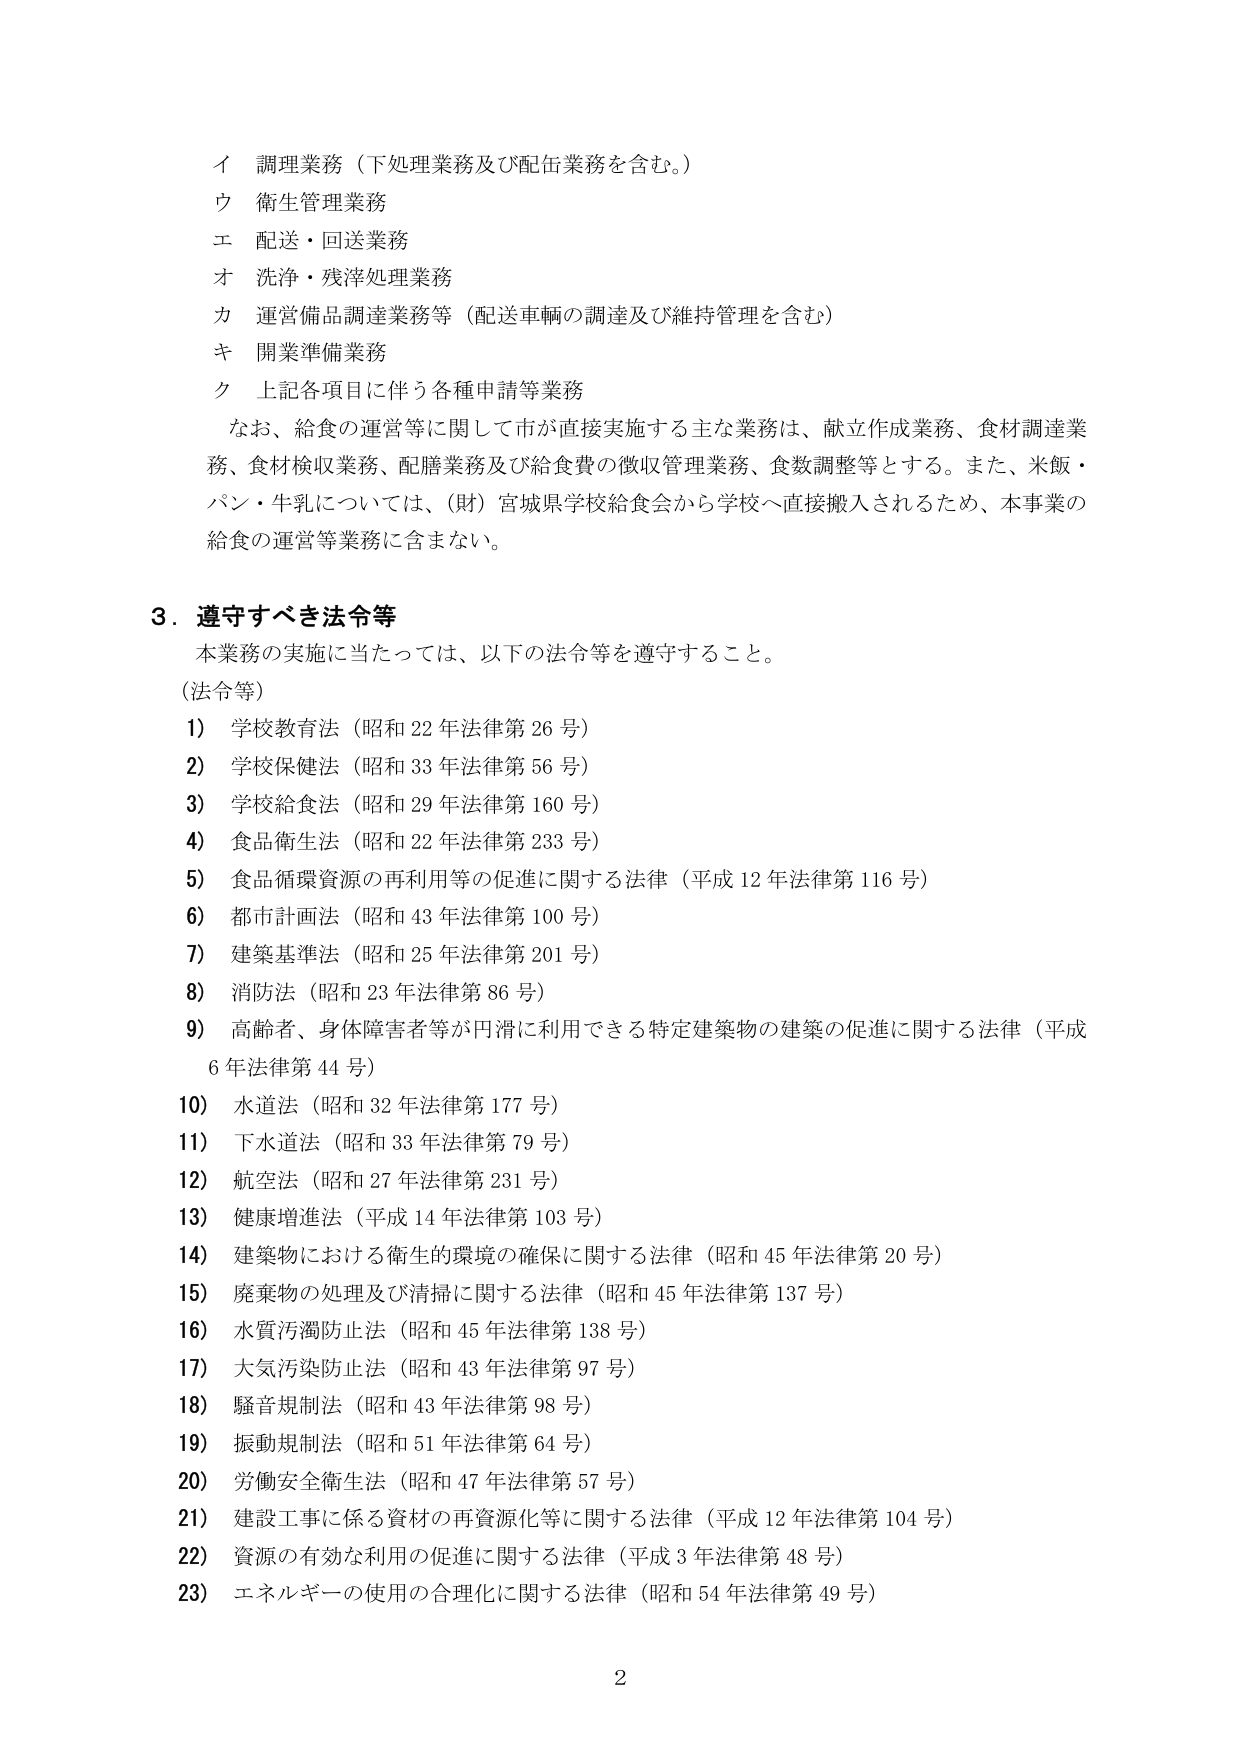
イ 調理業務（下処理業務及び配缶業務を含む。）
ウ 衛生管理業務
エ 配送・回送業務
オ 洗浄・残滓処理業務
カ 運営備品調達業務等（配送車輌の調達及び維持管理を含む）
キ 開業準備業務
ク 上記各項目に伴う各種申請等業務

なお、給食の運営等に関して市が直接実施する主な業務は、献立作成業務、食材調達業務、食材検収業務、配膳業務及び給食費の徴収管理業務、食数調整等とする。また、米飯・パン・牛乳については、（財）宮城県学校給食会から学校へ直接搬入されるため、本事業の給食の運営等業務に含まない。

３．遵守すべき法令等
本業務の実施に当たっては、以下の法令等を遵守すること。

（法令等）
1) 学校教育法（昭和22年法律第26号）
2) 学校保健法（昭和33年法律第56号）
3) 学校給食法（昭和29年法律第160号）
4) 食品衛生法（昭和22年法律第233号）
5) 食品循環資源の再利用等の促進に関する法律（平成12年法律第116号）
6) 都市計画法（昭和43年法律第100号）
7) 建築基準法（昭和25年法律第201号）
8) 消防法（昭和23年法律第86号）
9) 高齢者、身体障害者等が円滑に利用できる特定建築物の建築の促進に関する法律（平成6年法律第44号）
10) 水道法（昭和32年法律第177号）
11) 下水道法（昭和33年法律第79号）
12) 航空法（昭和27年法律第231号）
13) 健康増進法（平成14年法律第103号）
14) 建築物における衛生的環境の確保に関する法律（昭和45年法律第20号）
15) 廃棄物の処理及び清掃に関する法律（昭和45年法律第137号）
16) 水質汚濁防止法（昭和45年法律第138号）
17) 大気汚染防止法（昭和43年法律第97号）
18) 騒音規制法（昭和43年法律第98号）
19) 振動規制法（昭和51年法律第64号）
20) 労働安全衛生法（昭和47年法律第57号）
21) 建設工事に係る資材の再資源化等に関する法律（平成12年法律第104号）
22) 資源の有効な利用の促進に関する法律（平成3年法律第48号）
23) エネルギーの使用の合理化に関する法律（昭和54年法律第49号）

2